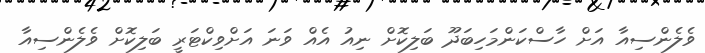
ވެލެންސިއާ އަށް ހާސްކަންމަހިބަދޫ ބަލިކޮށް ނިއު އެއް ވަނަ އަށްވިކްޓަރީ ބަލިކޮށް ވެލެންސިއާ